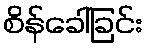
စိန်ခေါ်ခြင်း